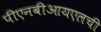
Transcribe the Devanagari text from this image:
पीएनबीआयएलची